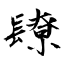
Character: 镽